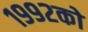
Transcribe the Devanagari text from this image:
१९९२को